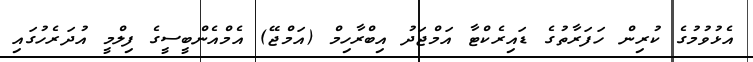
އެޅުވުމުގެ ކުރިން ހަފަރާތުގެ ޑައިރެކްޓާ އަމްޖަދު އިބްރާހިމް (އަމްޖޭ) އެމްއެންބީސީގެ ފިލްމީ އުދަރެހުގައި